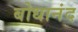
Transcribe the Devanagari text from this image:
बोधानंद